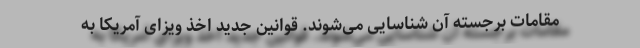
مقامات برجسته آن شناسایی می‌شوند. قوانین جدید اخذ ویزای آمریکا به